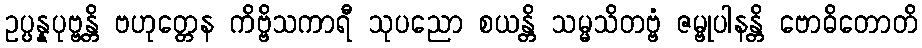
ဥပ္ပန္နပုဗ္ဗန္တိ ဗဟုတ္တေန ကိဗ္ဗိသကာရီ သုပညော စယန္တိ သမ္မသိတဗ္ဗံ ဇမ္ဗုပါနန္တိ ဗောဓိတောတိ